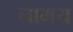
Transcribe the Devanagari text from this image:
नामय